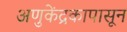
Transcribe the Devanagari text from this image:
अणुकेंद्रकापासून